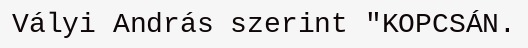
Vályi András szerint "KOPCSÁN.